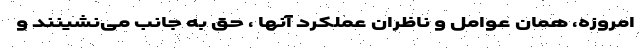
امروزه، همان عوامل و ناظرانِ عملکرد آنها ، حق به جانب می‌نشینند و